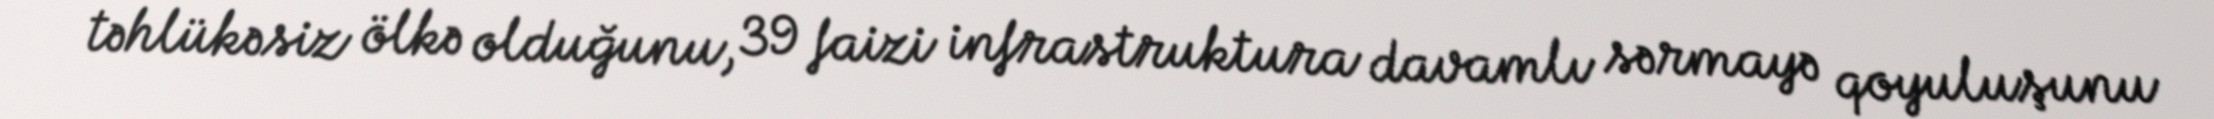
təhlükəsiz ölkə olduğunu, 39 faizi infrastruktura davamlı sərmayə qoyuluşunu